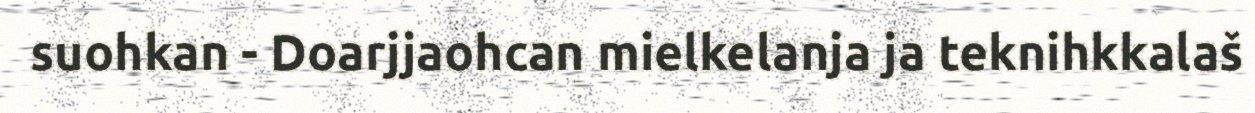
suohkan - Doarjjaohcan mielkelanja ja teknihkkalaš